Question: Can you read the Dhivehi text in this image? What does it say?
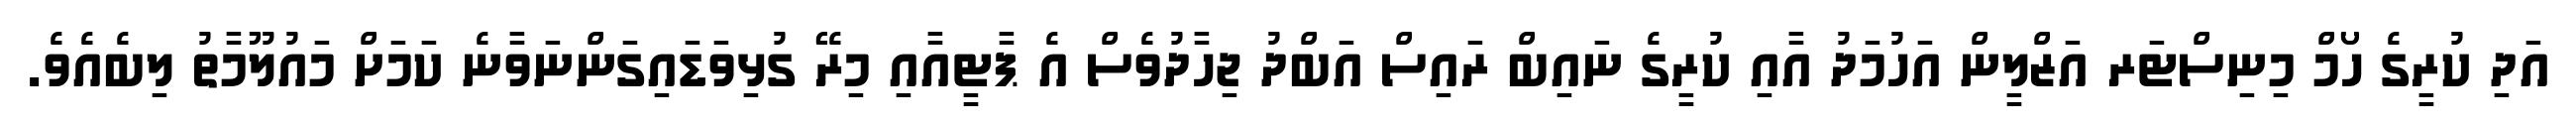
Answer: އަދި ކުރީގެ ހޯމް މިނިސްޓަރ އަޒްލީން އަހުމަދު އާއި ކުރީގެ ނައިބް ރައިސް އަބްދު ޖިހާދުވެސް އެ ޕާޓީއާއި މިރޭ ގުޅިވަޑައިގަންނަވާނެ ކަމަށް މައުލޫމާތު ލިބެއެވެ.